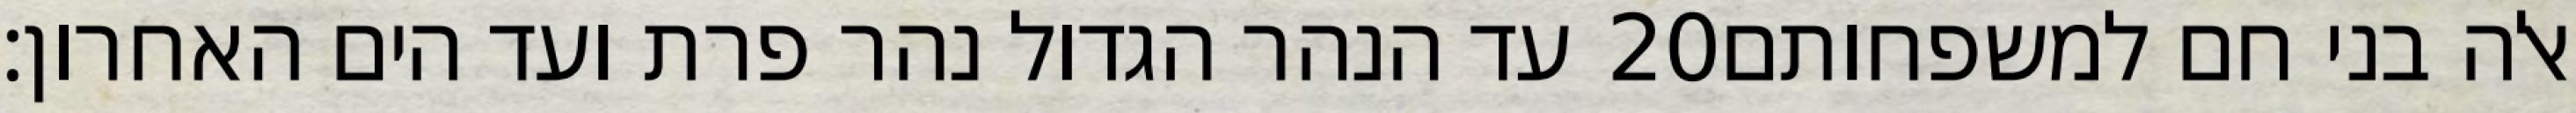
עד הנהר הגדול נהר פרת ועד הים האחרון׃ ‎20‏ אלה בני חם למשפחותם